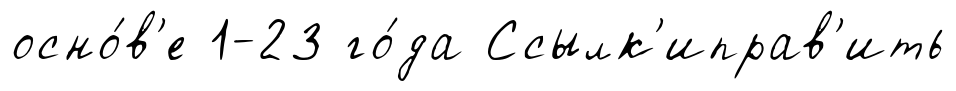
осно́в'е 1-23 го́да Ссылк'иправ'ить